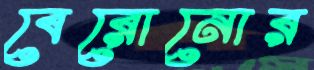
বেরোনোর